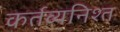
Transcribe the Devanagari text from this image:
कर्तव्यनिश्त